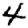
Digit: 4